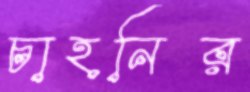
চাহনির